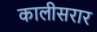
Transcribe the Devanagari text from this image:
कालीसरार